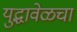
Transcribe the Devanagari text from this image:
युद्धावेळचा